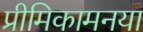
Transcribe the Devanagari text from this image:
प्रीमिकामनया